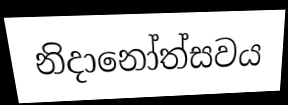
නිදානෝත්සවය